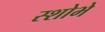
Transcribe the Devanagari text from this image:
स्शोभे